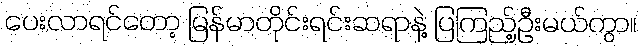
ပေးလာရင်တော့ မြန်မာတိုင်းရင်းဆရာနဲ့ ပြကြည့်ဦးမယ်ကွာ။